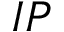
I P